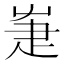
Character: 𤴗